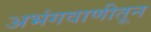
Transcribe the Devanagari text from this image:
अभंगवाणीतून